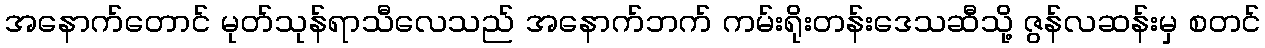
အနောက်တောင် မုတ်သုန်ရာသီလေသည် အနောက်ဘက် ကမ်းရိုးတန်းဒေသဆီသို့ ဇွန်လဆန်းမှ စတင်